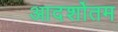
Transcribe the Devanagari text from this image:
आदर्शोतम